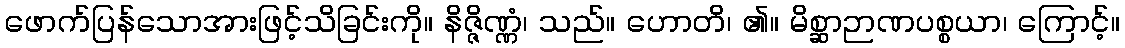
ဖောက်ပြန်သောအားဖြင့်သိခြင်းကို။ နိဇ္ဇိဏ္ဏံ၊ သည်။ ဟောတိ၊ ၏။ မိစ္ဆာဉာဏပစ္စယာ၊ ကြောင့်။